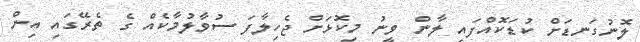
ލޮނުގަނޑަށް ކުޑަކޮއްފައި ލާން ވީނު މިކޮޅަށް ޖެހިލާފަ ސުވާލުމާކެއް ގެ ތެރޭގައި އިން